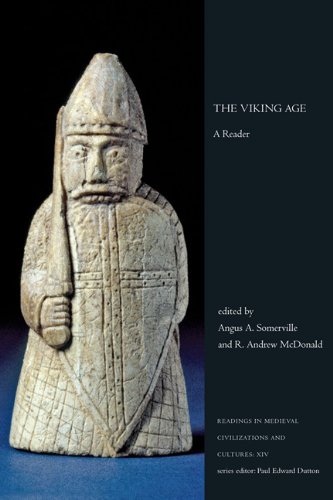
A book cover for The Viking Age: A Reader, First Edition (Readings in Medieval Civilizations and Cultures); History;